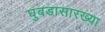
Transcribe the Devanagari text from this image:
घुबडासारख्या